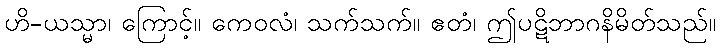
ဟိ-ယသ္မာ၊ ကြောင့်။ ကေဝလံ၊ သက်သက်။ ဧတံ၊ ဤပဋိဘာဂနိမိတ်သည်။